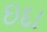
ઇદા